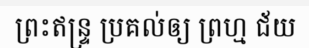
ព្រះឥន្ទ្រ ប្រគល់ឲ្យ ព្រហ្ម ជ័យ